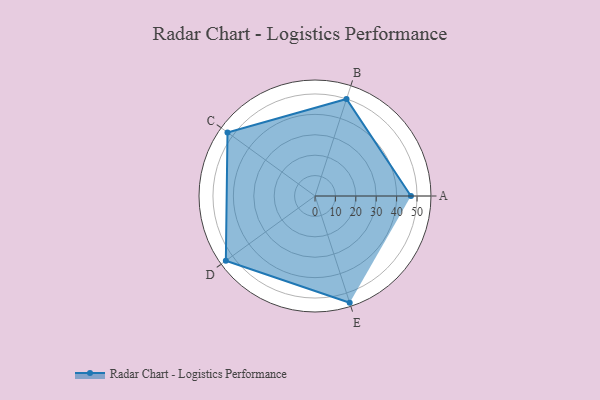
{"axis": {"x": "Skill", "y": "Score"}, "legend": ["Profile"], "data": [{"x": "A", "y": 47.0, "type": "Profile"}, {"x": "B", "y": 50.0, "type": "Profile"}, {"x": "C", "y": 53.0, "type": "Profile"}, {"x": "D", "y": 54.0, "type": "Profile"}, {"x": "E", "y": 55.0, "type": "Profile"}]}